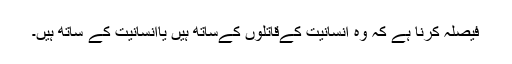
فیصلہ کرنا ہے کہ وہ انسانیت کےقاتلوں کےساتھ ہیں یاانسانیت کے ساتھ ہیں۔